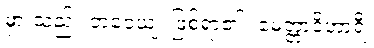
မှားသည်။ ဘဝေယျ၊ ဖြစ်ရာ၏။ မေတ္တာဝိဟာရီ၊